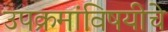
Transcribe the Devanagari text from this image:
उपक्रमांविषयीचे